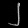
Digit: ၂